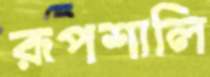
রূপশালি